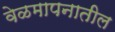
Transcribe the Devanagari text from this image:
वेळमापनातील